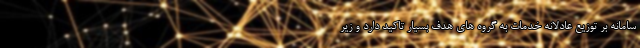
سامانه بر توزیع عادلانه خدمات به گروه های هدف بسیار تاکید دارد و زیر